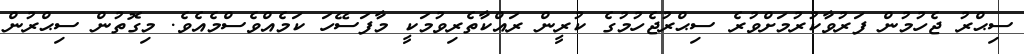
ސިޙްރު ޖެހުމުން ފަރުވާކުރުމަށްވުރެ ސިޙްރުޖެހުމުގެ ކުރީން ރައްކާތެރިވުމަކީ މާފަސޭހަ ކަމެއްވެސްމެއެވެ. މިގޮތުން ސިޙްރުން